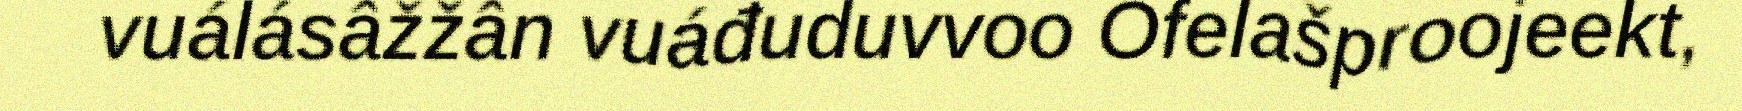
vuálásâžžân vuáđuduvvoo Ofelašproojeekt,